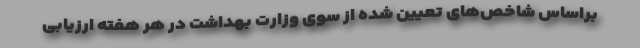
براساس شاخص‌های تعیین شده از سوی وزارت بهداشت در هر هفته ارزیابی